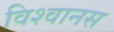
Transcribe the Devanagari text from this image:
विश्वानस